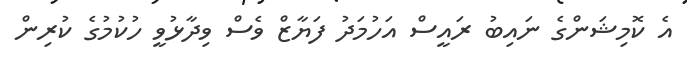
އެ ކޮމިޝަންގެ ނައިބު ރައީސް އަހުމަދު ފަޔާޒް ވެސް ވިދާޅުވީ ހުކުމުގެ ކުރިން